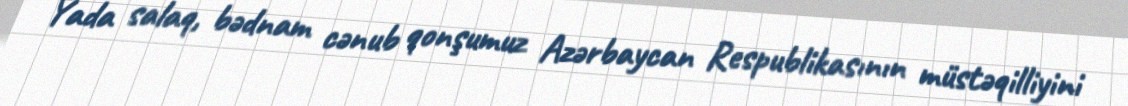
Yada salaq, bədnam cənub qonşumuz Azərbaycan Respublikasının müstəqilliyini